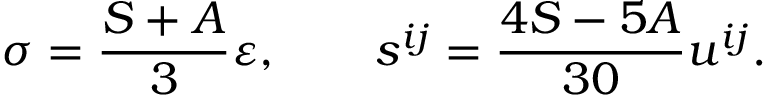
\sigma = \frac { S + A } 3 \varepsilon , \qquad s ^ { i j } = \frac { 4 S - 5 A } { 3 0 } u ^ { i j } .